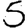
Digit: 5